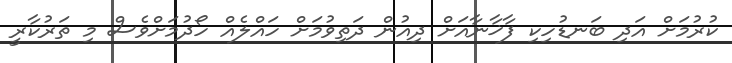
ކުރުމަށް އަދި ބަނޑުހިކި ފާޚާނާއަށް ދިއުން ދަތިވުމަށް ހައްލެއް ހޯދުމަށްވެސް މި ތަރުކާރީ